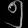
Digit: ၅